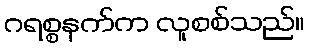
ဂရစ္စနက်က လူစစ်သည်။